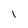
Character: 1